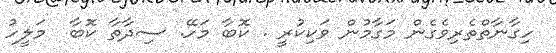
ހިގާނާތްތެރިވެގެން މަގާމުން ވަކިކުރީ . ކޮބާ މަހޭ. ސިދާތާ ކޮބާ  މަލީހު